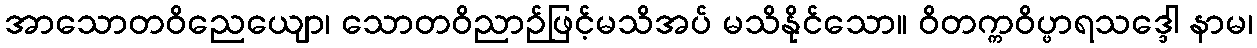
အာသောတဝိညေယျော၊ သောတဝိညာဉ်ဖြင့်မသိအပ် မသိနိုင်သော။ ဝိတက္ကဝိပ္ဖာရသဒ္ဒေါ နာမ၊